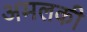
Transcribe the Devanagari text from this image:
अमलकी